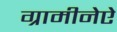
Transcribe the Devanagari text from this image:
ग्रामीनेऐ